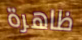
ظاهرة